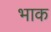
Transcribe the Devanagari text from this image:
भाक